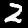
Label: 2